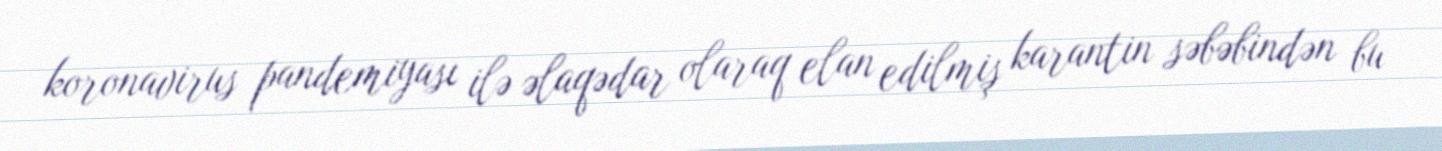
koronavirus pandemiyası ilə əlaqədar olaraq elan edilmiş karantin səbəbindən bu